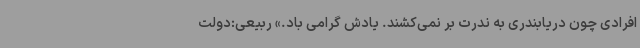
افرادی چون دریابندری به ندرت بر نمی‌کشند. یادش گرامی باد.» ربیعی:دولت